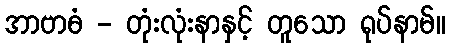
အာဗာဓံ - တုံးလုံးနာနှင့် တူသော ရုပ်နာမ်။